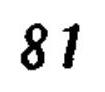
\(81\)